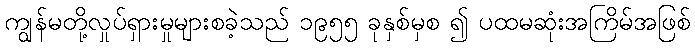
ကျွန်မတို့လှုပ်ရှားမှုများစခဲ့သည် ၁၉၅၅ ခုနှစ်မှစ ၍ ပထမဆုံးအကြိမ်အဖြစ်